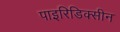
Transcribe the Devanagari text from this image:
पाइरिडिक्सीन